Civil Veterinary Dept. Bombay admin report 1923-31 - 1923-1931
Year: 1923
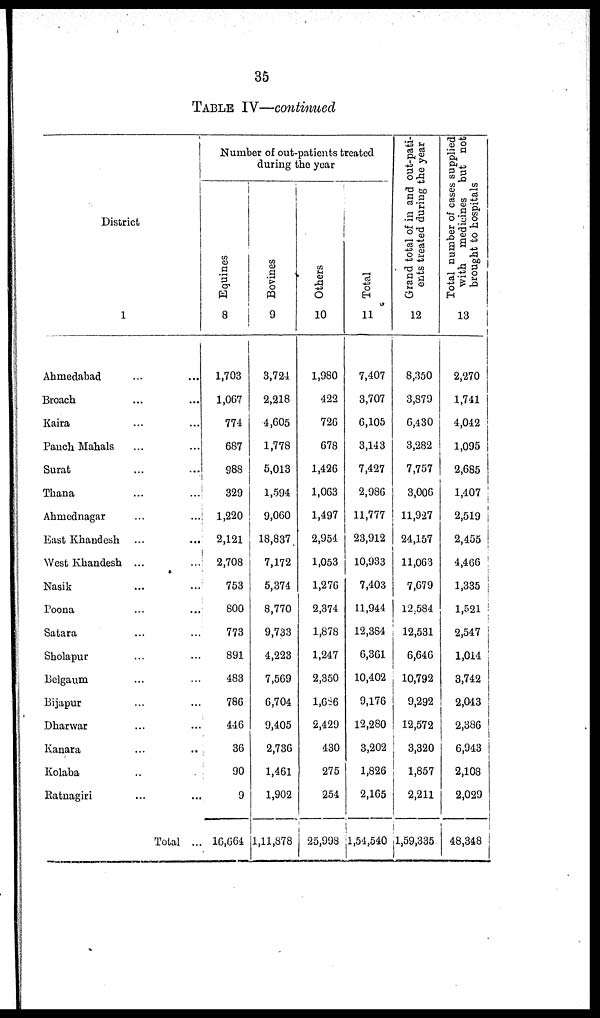
35
TABLE IV—continued
District
1
Ahmedabad ... ...
Broach ... ...
Kaira ... ...
Panch Mahals ... ...
Surat ... ...
Thana ... ...
Ahmednagar ... ...
East Khandesh ... ...
West Khandesh ... ...
Nasik ... ...
Poona ... ...
Satara ... ...
Sholapur ... ...
Belgaum ... ...
Bijapur ... ...
Dharwar ... ...
Kanara ... ...
Kolaba ... ...
Ratnagiri ... ...
Total ...
Number of out-patients treated
during the year
Equines
8
1,703
1,067
774
687
988
329
1,220
2,121
2,708
753
800
773
891
483
786
446
36
90
9
16,664
Bovines
9
3,724
2,218
4,605
1,778
5,013
1,594
9,060
18,837
7,172
5,374
8,770
9,733
4,223
7,569
6,704
9,405
2,736
1,461
1,902
1,11,878
Others
10
1,980
422
726
678
1,426
1,063
1,497
2,954
1,053
1,276
2,374
1,878
1,247
2,350
1,686
2,429
430
275
254
25,998
Total
11
7,407
3,707
6,105
3,143
7,427
2,986
11,777
23,912
10,933
7,403
11,944
12,384
6,361
10,402
9,176
12,280
3,202
1,826
2,165
1,54,540
Grand total of in and out-pati-
ents treated during the year
12
8,350
3,879
6,430
3,282
7,757
3,006
11,927
24,157
11,063
7,679
12,584
12,531
6,646
10,792
9,292
12,572
3,320
1,857
2,211
1,59,335
Total number of cases supplied
with medicines but not
brought to hospitals
13
2,270
1,741
4,042
1,095
2,685
1,407
2,519
2,455
4,466
1,335
1,521
2,547
1,014
3,742
2,043
2,386
6,943
2,108
2,029
48,348